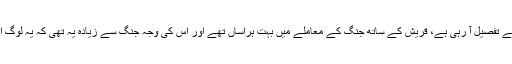
یہ لوگ، جیسا کہ ہم پیچھے اشارہ کر چکے ہیں اور آگے تفصیل آ رہی ہے، قریش کے ساتھ جنگ کے معاملے میں بہت ہراساں تھے اور اس کی وجہ جنگ سے زیادہ یہ تھی کہ یہ لوگ اپنے پچھلے تعلقات و روابط کو بہت اہمیت دیتے تھے۔